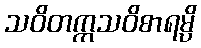
သဝိတက္ကသဝိစာရမ္ပိ